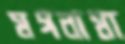
মগনামা